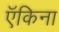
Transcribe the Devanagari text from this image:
ऍकिना